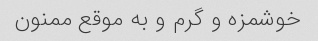
خوشمزه و گرم و به موقع ممنون